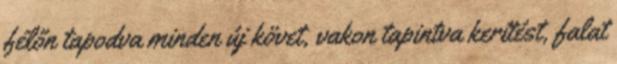
félőn tapodva minden új követ, vakon tapintva kerítést, falat